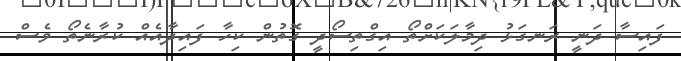
ފައިސާ ދަނީ ރަނގަޅު ދިމާލަކަށްތޯ އިގްތިސޯދީ ގޮތުން ކިހާ ފައިދާއެއް ކުރާނެތޯ ވެސް